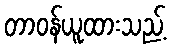
တာဝန်ယူထားသည့်